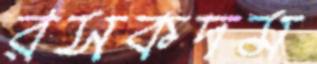
রসকদম